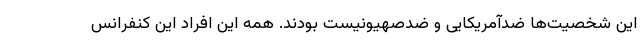
این شخصیت‌ها ضدآمریکایی و ضدصهیونیست بودند. همه این افراد این کنفرانس